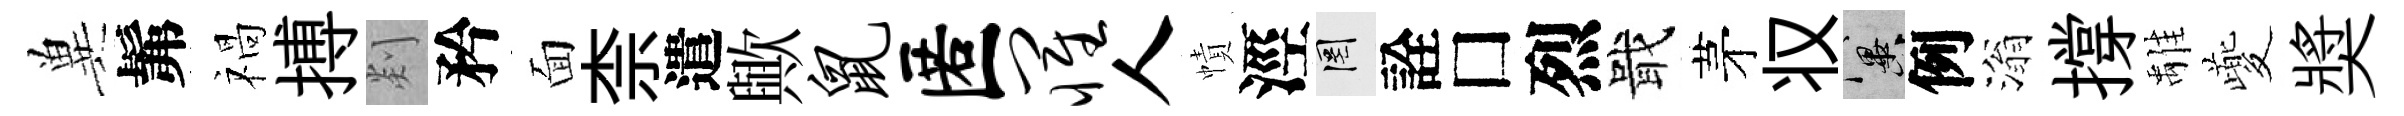
兾髴禍搏剡矜面柰遣歟鼠匿罹人幘涇罔詮□烈戢茅𠬧冀例滃撐𩀌夔奬